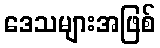
ဒေသများအဖြစ်